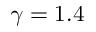
\gamma = 1 . 4